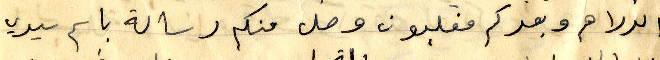
الدراهم وبعدكم مغلبون وصل منكم رساله باسم سيدي